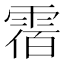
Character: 𩃫